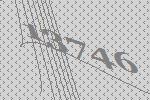
13746